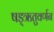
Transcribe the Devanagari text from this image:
षड्‌ऋतुवर्णन